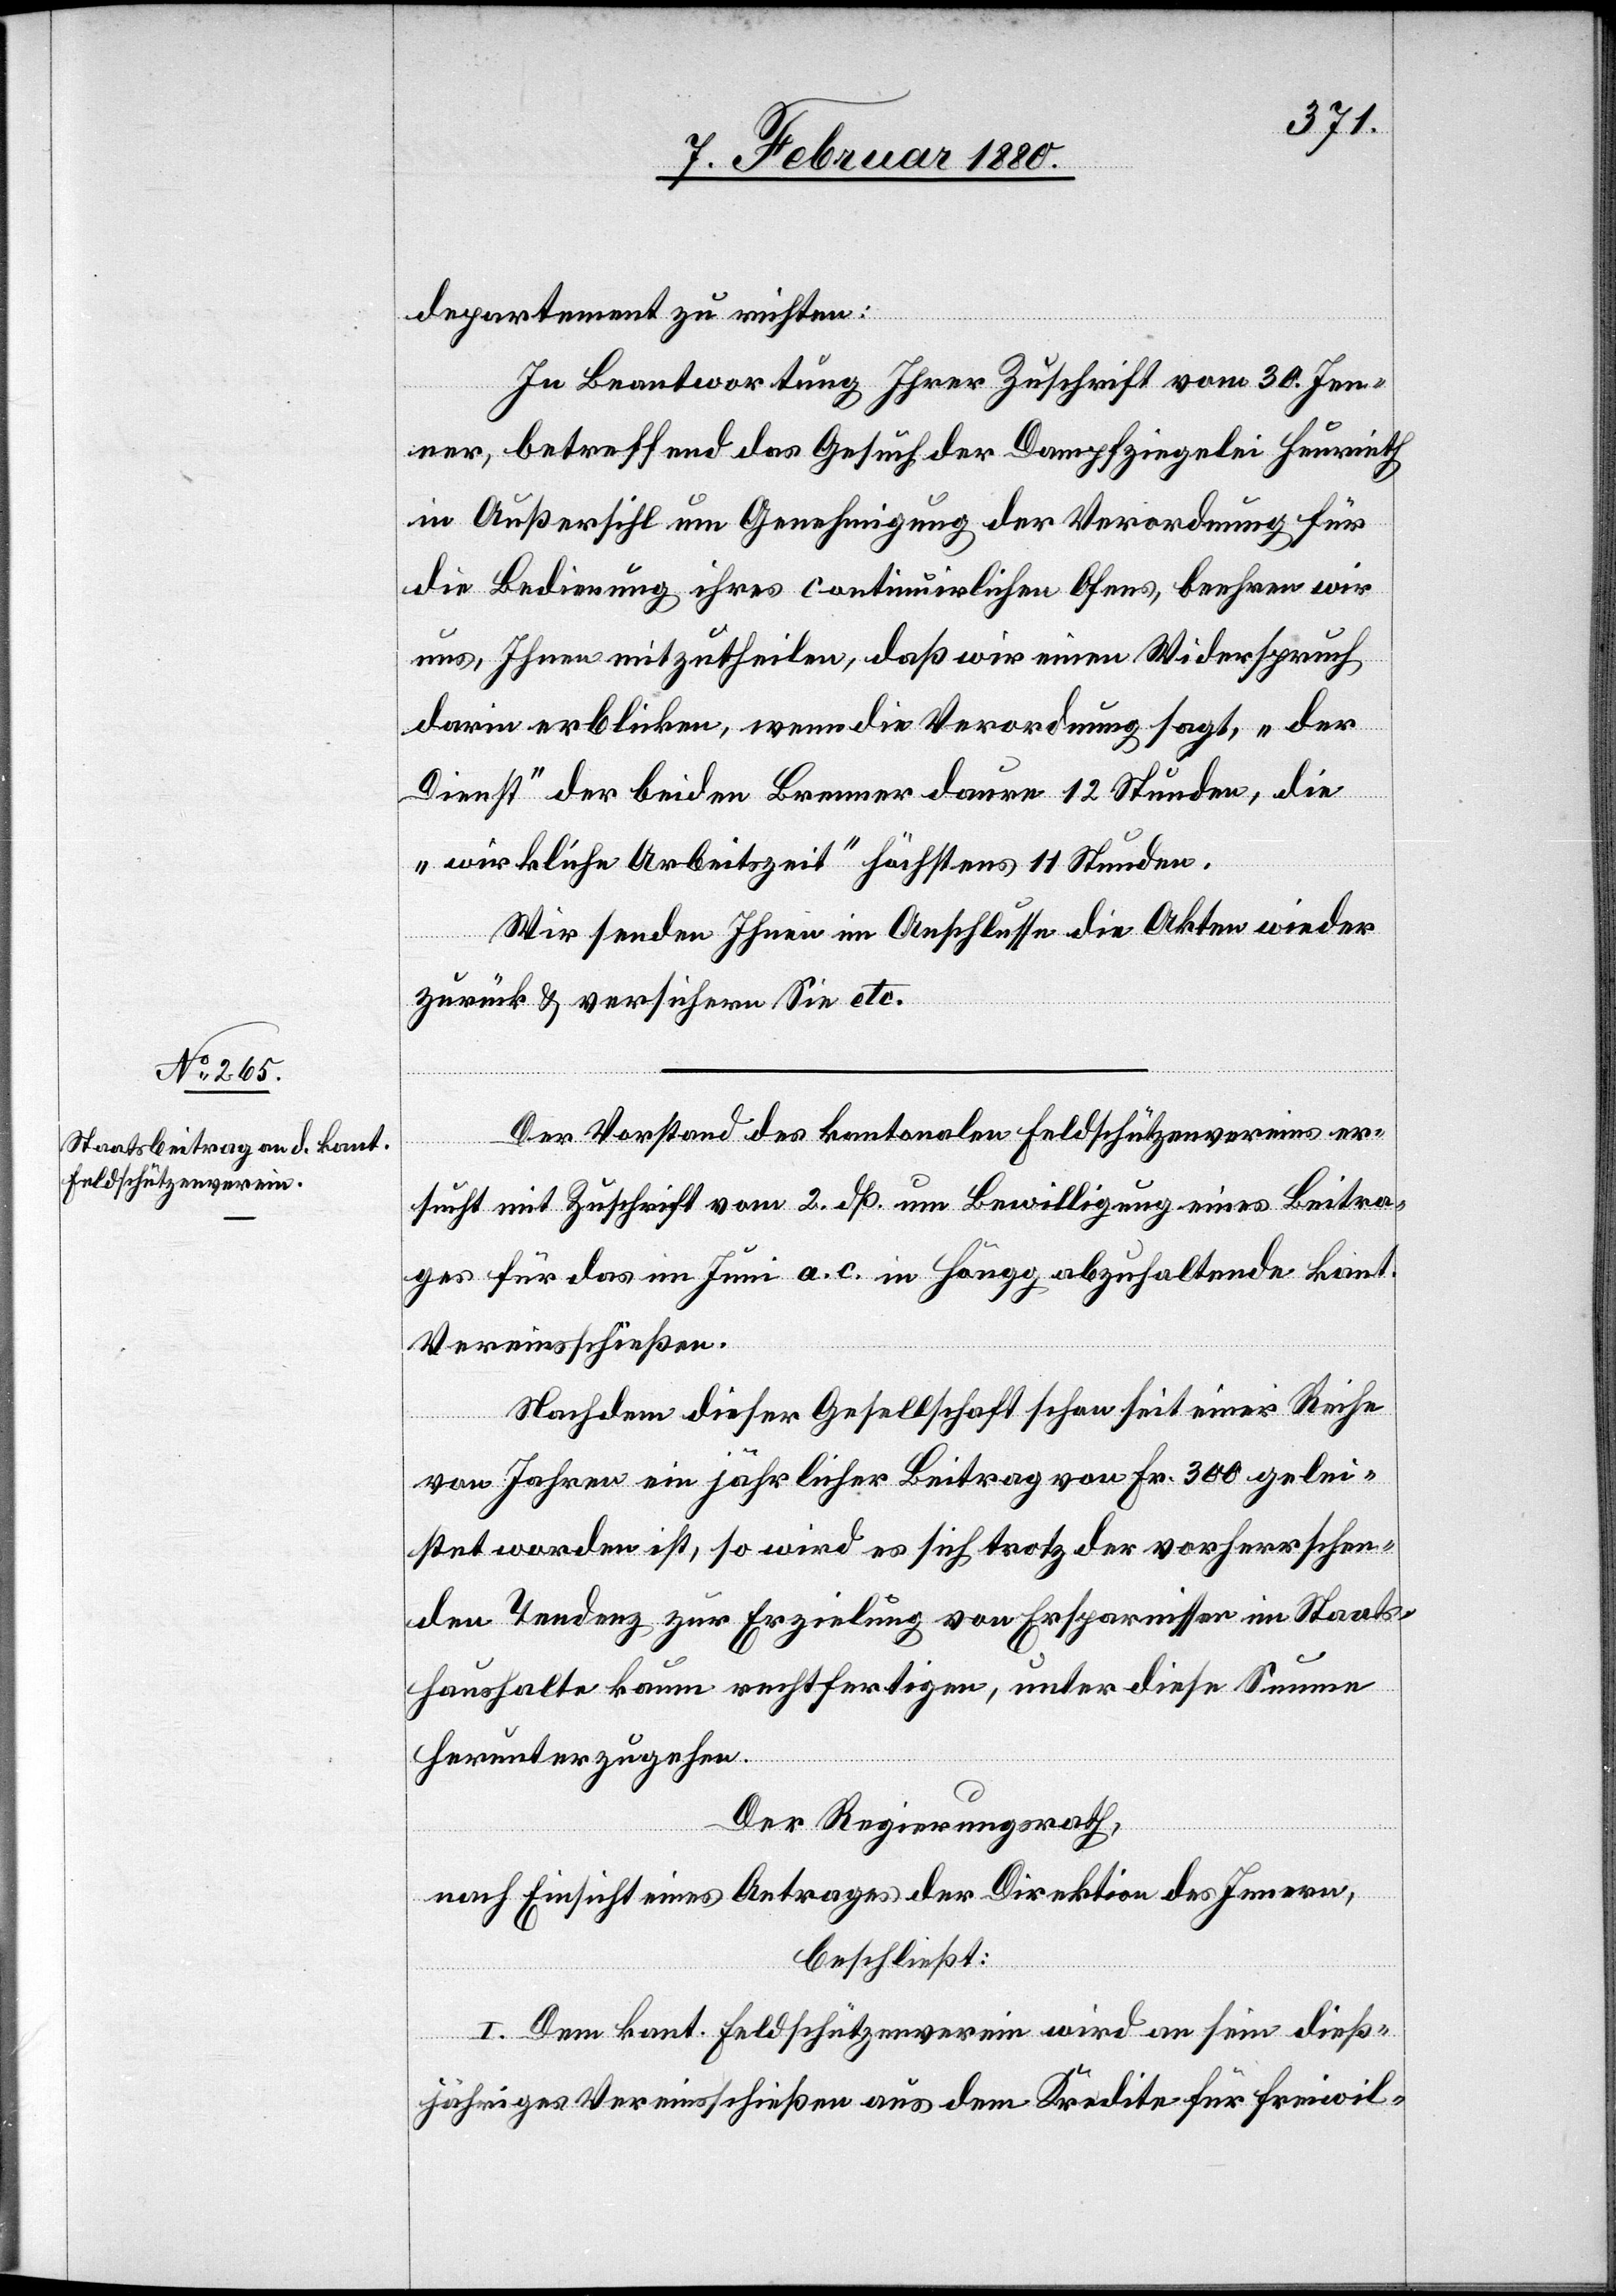
departement zu richten:
In Beantwortung Ihrer Zuschrift vom 30. Jen¬
ner, betreffend das Gesuch der Dampfziegelei Heurieth
in Außersihl um Genehmigung der Verordnung für
die Bedienung ihres continuirlichen Ofens, beehren wir
uns, Ihnen mitzutheilen, daß wir einen Widerspruch
darin erblicken, wenn die Verordnung sagt, „der
Dienst“ der beiden Brenner daure 12 Stunden, die
„wirkliche Arbeitszeit“ höchstens 11 Stunden.
Wir senden Ihnen im Anschlusse die Akten wieder
zurück & versichern Sie etc.
Der Vorstand des kantonalen Feldschützenvereins er¬
sucht mit Zuschrift vom 2. dß. um Bewilligung eines Beitra¬
ges für das im Juni a. c. in Höngg abzuhaltende kant.
Vereinsschießen.
Nachdem dieser Gesellschaft schon seit einer Reihe
von Jahren ein jährlicher Beitrag von Fr. 300 gelei¬
stet worden ist, so wird es sich trotz der vorherrschen¬
den Tendenz zur Erzielung von Ersparnissen im Staats¬
haushalte kaum rechtfertigen, unter diese Summe
herunterzugehen.
Der Regierungsrath,
nach Einsicht eines Antrages der Direktion des Innern,
beschließt:
I. Dem kant. Feldschützenverein wird an sein dieß¬
jähriges Vereinsschießen aus dem Kredite für freiwil-